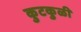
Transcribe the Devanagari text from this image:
कुटकुळी